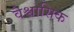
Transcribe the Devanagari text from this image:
वैश्वासिक